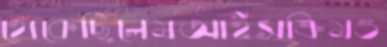
থেকেছিলেমআইসক্রিমও